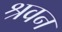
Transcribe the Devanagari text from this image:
श्रवन